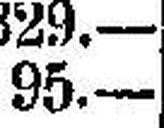
95.—